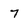
Character: 7